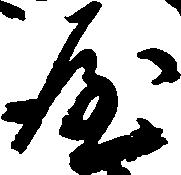
や